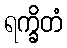
ရက္ခိတံ